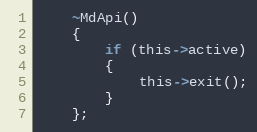
Language: C
    ~MdApi()
    {
        if (this->active)
        {
            this->exit();
        }
    };